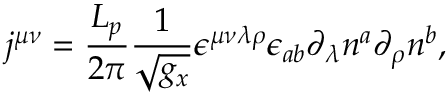
j ^ { \mu \nu } = \frac { L _ { p } } { 2 \pi } \frac 1 { \sqrt { g _ { x } } } \epsilon ^ { \mu \nu \lambda \rho } \epsilon _ { a b } \partial _ { \lambda } n ^ { a } \partial _ { \rho } n ^ { b } ,